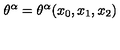
\theta ^ { \alpha } = \theta ^ { \alpha } ( x _ { 0 } , x _ { 1 } , x _ { 2 } )